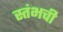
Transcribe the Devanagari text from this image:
स्तंभची